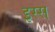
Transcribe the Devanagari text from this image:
इस्स